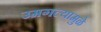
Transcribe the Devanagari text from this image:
उमगल्यामुळे